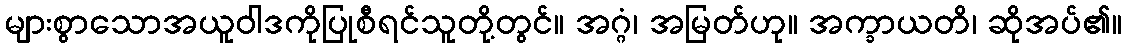
များစွာသောအယူဝါဒကိုပြုစီရင်သူတို့တွင်။ အဂ္ဂံ၊ အမြတ်ဟု။ အက္ခာယတိ၊ ဆိုအပ်၏။